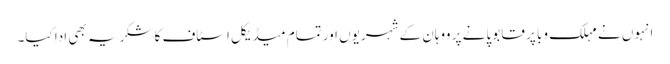
انہوں نے مہلک وبا پر قابو پانے پر ووہان کے شہریوں اور تمام میڈیکل اسٹاف کا شکریہ بھی ادا کیا۔